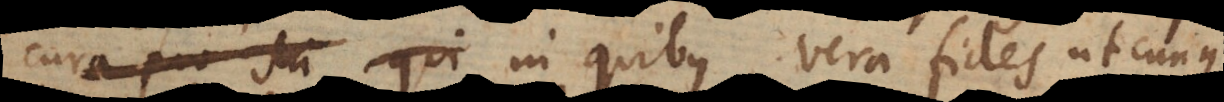
cura pro sui qui in quibus vera fides utcunque